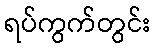
ရပ်ကွက်တွင်း